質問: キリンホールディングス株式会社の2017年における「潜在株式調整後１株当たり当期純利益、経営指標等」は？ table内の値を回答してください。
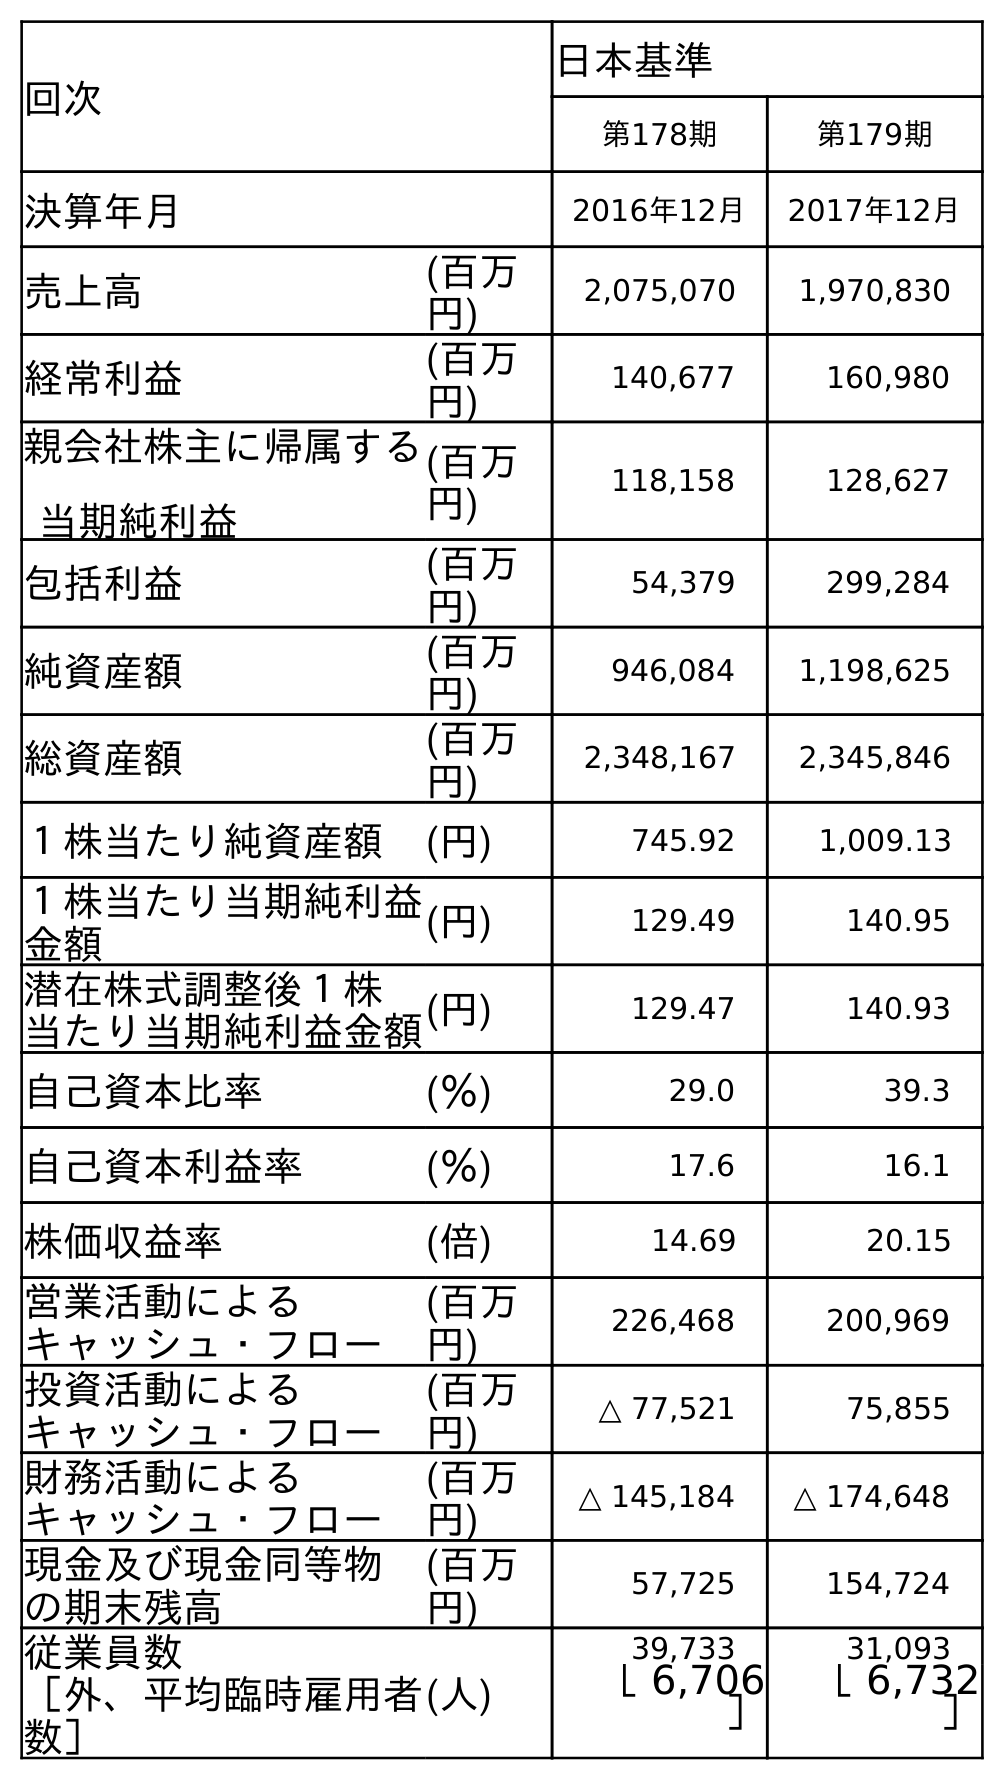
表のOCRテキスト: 回次 日本基準 第178期 第179期 決算年月 2016年12月 2017年12月 売上高 (百万 円) 2,075,070 1,970,830 経常利益 (百万 円) 140,677 160,980 親会社株主に帰属する 当期純利益 (百万 円) 118,158 128,627 包括利益 (百万 円) 54,379 299,284 純資産額 (百万 円) 946,084 1,198,625 総資産額 (百万 円) 2,348,167 2,345,846 １株当たり純資産額 (円) 745.92 1,009.13 １株当たり当期純利益 金額 (円) 129.49 140.95 潜在株式調整後１株 当たり当期純利益金額(円) 129.47 140.93 自己資本比率 (％) 29.0 39.3 自己資本利益率 (％) 17.6 16.1 株価収益率 (倍) 14.69 20.15 営業活動による キャッシュ・フロー (百万 円) 226,468 200,969 投資活動による キャッシュ・フロー (百万 円) △ 77,521 75,855 財務活動による キャッシュ・フロー (百万 円) △ 145,184 △ 174,648 現金及び現金同等物 の期末残高 (百万 円) 57,725 154,724 従業員数 ［外、平均臨時雇用者 数］ (人) 39,733 31,093 ［ 6,706 ］ ［ 6,732 ］
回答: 140.93